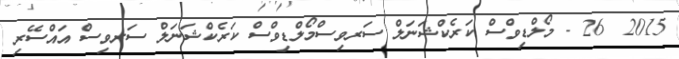
2015  26 - މޯލްޑިވްސް ކަރެކްޝަނަލް ސަރވިސްމޯލްޑިވްސް ކަރެކްޝަނަލް ސަރވިސް އައްސޭރި